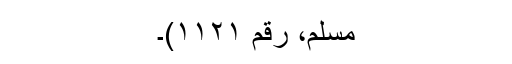
مسلم، رقم ۱۱۲۱)۔